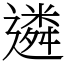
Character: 遴